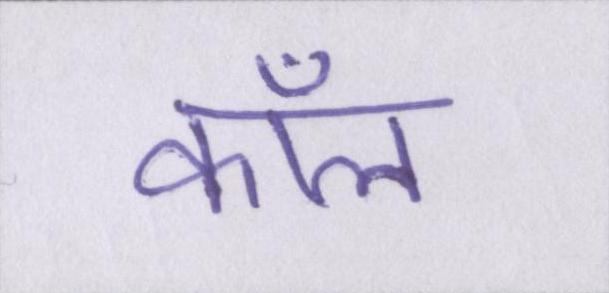
कॉल